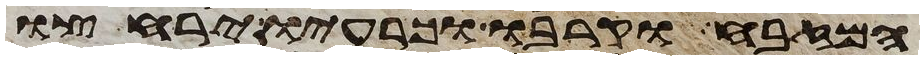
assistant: המזבח וקרבו וכרעיו ירחצו